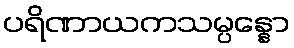
ပရိဏာယကသမ္ပန္နော